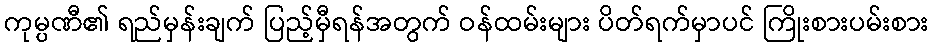
ကုမ္ပဏီ၏ ရည်မှန်းချက် ပြည့်မှီရန်အတွက် ဝန်ထမ်းများ ပိတ်ရက်မှာပင် ကြိုးစားပမ်းစား